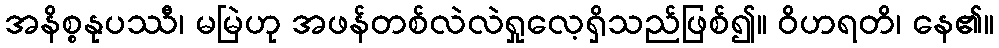
အနိစ္စနုပဿီ၊ မမြဲဟု အဖန်တစ်လဲလဲရှုလေ့ရှိသည်ဖြစ်၍။ ဝိဟရတိ၊ နေ၏။